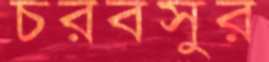
চরবসুর